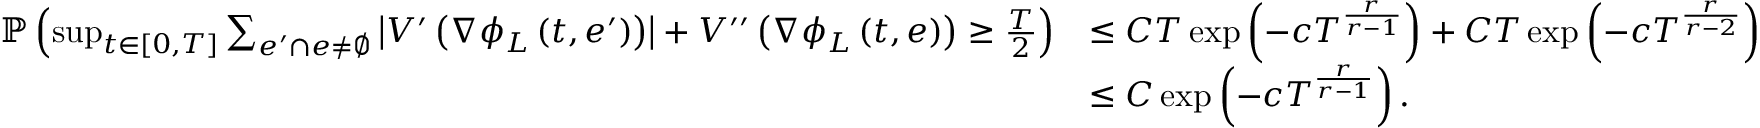
\begin{array} { r l } { \mathbb { P } \left( \operatorname* { s u p } _ { t \in [ 0 , T ] } \sum _ { e ^ { \prime } \cap e \neq \emptyset } \left| V ^ { \prime } \left( \nabla \phi _ { L } \left( t , e ^ { \prime } \right) \right) \right| + V ^ { \prime \prime } \left( \nabla \phi _ { L } \left( t , e \right) \right) \geq \frac { T } { 2 } \right) } & { \leq C T \exp \left( - c T ^ { \frac { r } { r - 1 } } \right) + C T \exp \left( - c T ^ { \frac { r } { r - 2 } } \right) } \\ & { \leq C \exp \left( - c T ^ { \frac { r } { r - 1 } } \right) . } \end{array}